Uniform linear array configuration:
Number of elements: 32
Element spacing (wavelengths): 0.5
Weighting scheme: blackman
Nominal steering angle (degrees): -60
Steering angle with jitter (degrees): -59.09
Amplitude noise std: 0.05
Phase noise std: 0.05

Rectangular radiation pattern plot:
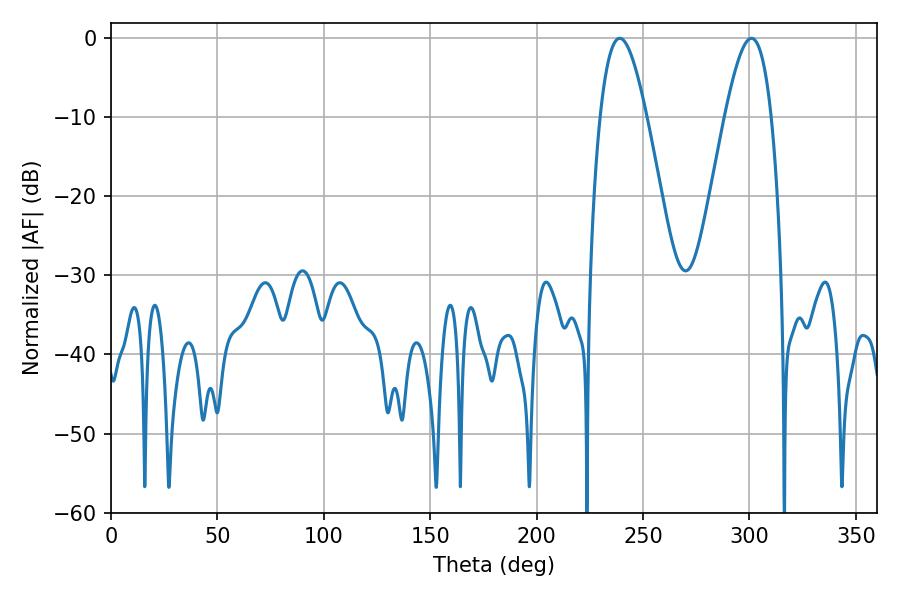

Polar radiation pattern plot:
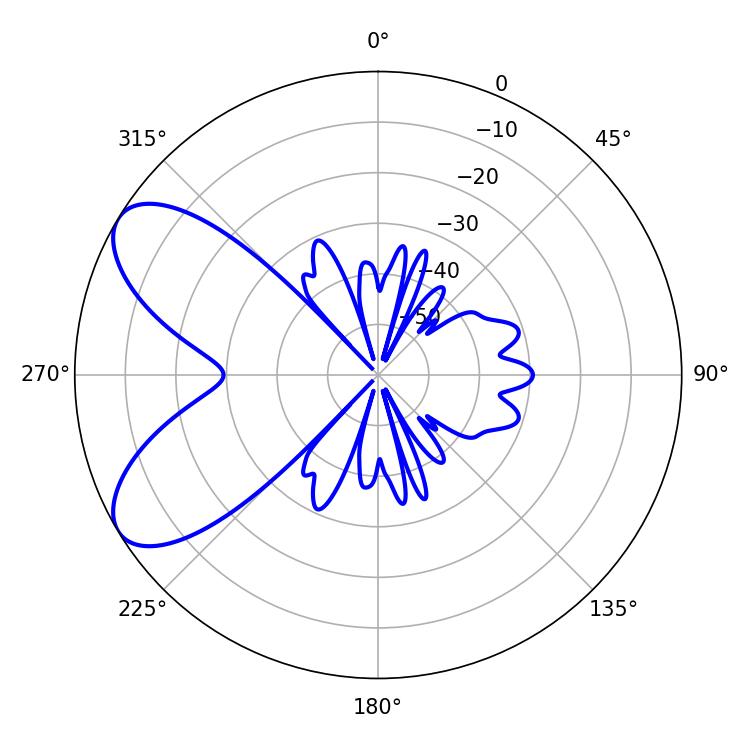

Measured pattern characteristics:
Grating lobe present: FALSE
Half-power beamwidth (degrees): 11.88
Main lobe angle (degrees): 239.04